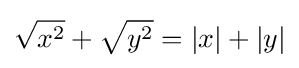
{\sqrt {x^{2}}}+{\sqrt {y^{2}}}=|x|+|y|